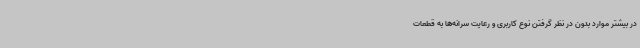
در بیشتر موارد بدون در نظر گرفتن نوع کاربری و رعایت سرانه‌ها به قطعات